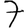
Digit: 7